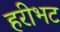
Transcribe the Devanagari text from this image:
हरीभट